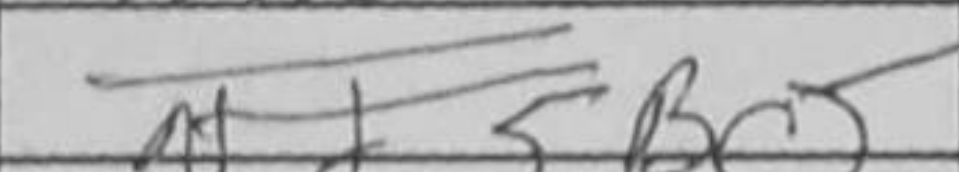
Transcription: Bc5